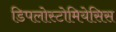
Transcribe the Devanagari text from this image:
डिपलोस्टोमियेसिस